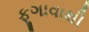
ફૂગાવાથી